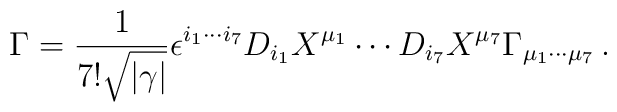
\Gamma = {1\over 7! \sqrt {|\gamma|}} \epsilon^{i_1\cdots i_7}D_{i_1} X^{\mu_1}\cdots D_{i_7} X^{\mu_7}\Gamma_{\mu_1\cdots \mu_7}\, .